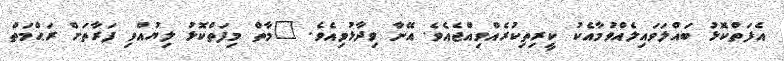
އެފަތްކޮޅު ބައްލަވައިލެއްވުމާއެކު ކީރިތިކުރެއްވިއްޖެއެވެ. އޭނާ ވިދާޅުވިއެވެ. "މާތް މިފަތްކޮޅު ލިޔުއްވި ފަރާތަށް ރަޙްމަތް